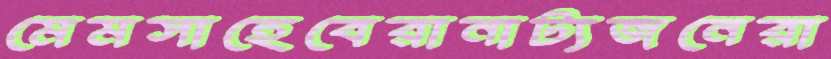
মেমসাহেবেরানাট্যজনেরা